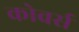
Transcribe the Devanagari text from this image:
कोवर्स